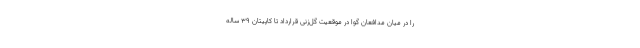
را در میان مدافعان گوا در موقعیت گل‌زنی قرارداد تا کاپیتان ۳۹ ساله